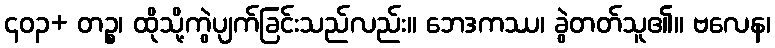
၄၀၃+ တဉ္စ၊ ထိုသို့ကွဲပျက်ခြင်းသည်လည်း။ ဘေဒကဿ၊ ခွဲတတ်သူ၏။ ဗလေန၊